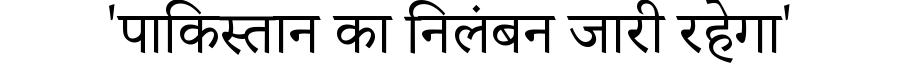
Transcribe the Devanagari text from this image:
'पाकिस्तान का निलंबन जारी रहेगा'